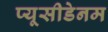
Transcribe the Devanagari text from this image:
प्यूसीडेनम